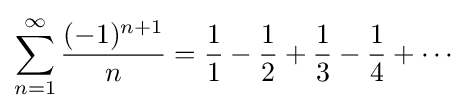
\sum _{n=1}^{\infty }{\frac {(-1)^{n+1}}{n}}={\frac {1}{1}}-{\frac {1}{2}}+{\frac {1}{3}}-{\frac {1}{4}}+\cdots